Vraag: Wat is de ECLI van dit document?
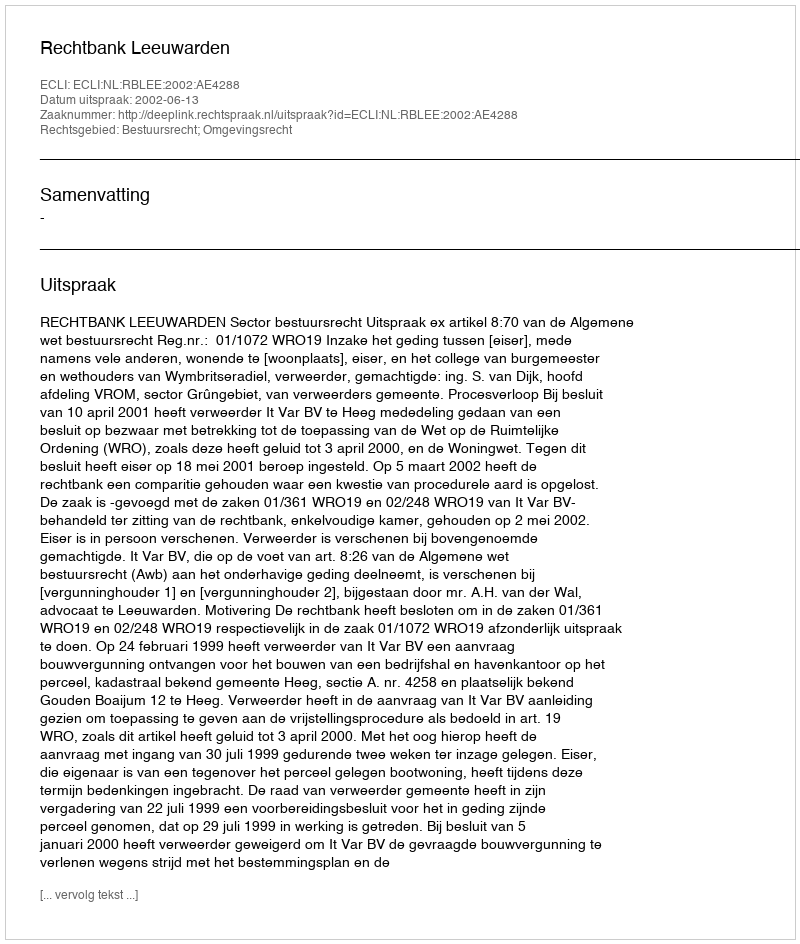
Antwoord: ECLI:NL:RBLEE:2002:AE4288